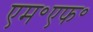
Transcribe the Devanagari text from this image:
एम॰एफ॰